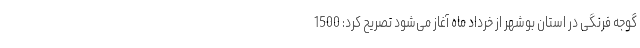
گوجه فرنگی در استان بوشهر از خرداد ماه آغاز می‌شود تصریح کرد: 1500